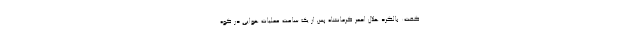
گفت: بالگرد هلال احمر کرمانشاه پس از یک ساعت عملیات هوایی در کوه